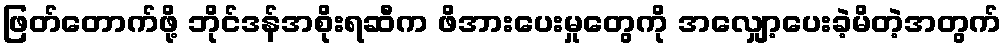
ဖြတ်တောက်ဖို့ ဘိုင်ဒန်အစိုးရဆီက ဖိအားပေးမှုတွေကို အလျှော့ပေးခဲ့မိတဲ့အတွက်